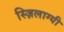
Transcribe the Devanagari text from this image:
स्ज़िलाग्यी